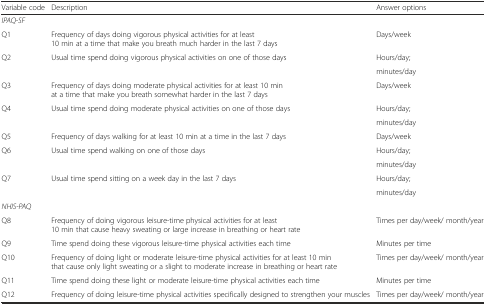
<table><thead><tr><td><b>Variable code</b></td><td><b>Description</b></td><td><b>Answer options</b></td></tr></thead><tbody><tr><td><i>IPAQ-SF</i></td><td>[EMPTY_CELL]</td><td>[EMPTY_CELL]</td></tr><tr><td>Q1</td><td>Frequency of days doing vigorous physical activities for at least 10 min at a time that make you breath much harder in the last 7 days</td><td>Days/week</td></tr><tr><td rowspan="2">Q2</td><td rowspan="2">Usual time spend doing vigorous physical activities on one of those days</td><td>Hours/day;</td></tr><tr><td>minutes/day</td></tr><tr><td>Q3</td><td>Frequency of days doing moderate physical activities for at least 10 min at a time that make you breath somewhat harder in the last 7 days</td><td>Days/week</td></tr><tr><td rowspan="2">Q4</td><td rowspan="2">Usual time spend doing moderate physical activities on one of those days</td><td>Hours/day;</td></tr><tr><td>minutes/day</td></tr><tr><td>Q5</td><td>Frequency of days walking for at least 10 min at a time in the last 7 days</td><td>Days/week</td></tr><tr><td rowspan="2">Q6</td><td rowspan="2">Usual time spend walking on one of those days</td><td>Hours/day;</td></tr><tr><td>minutes/day</td></tr><tr><td rowspan="2">Q7</td><td rowspan="2">Usual time spend sitting on a week day in the last 7 days</td><td>Hours/day;</td></tr><tr><td>minutes/day</td></tr><tr><td><i>NHIS-PAQ</i></td><td>[EMPTY_CELL]</td><td>[EMPTY_CELL]</td></tr><tr><td>Q8</td><td>Frequency of doing vigorous leisure-time physical activities for at least 10 min that cause heavy sweating or large increase in breathing or heart rate</td><td>Times per day/week/ month/year</td></tr><tr><td>Q9</td><td>Time spend doing these vigorous leisure-time physical activities each time</td><td>Minutes per time</td></tr><tr><td>Q10</td><td>Frequency of doing light or moderate leisure-time physical activities for at least 10 min that cause only light sweating or a slight to moderate increase in breathing or heart rate</td><td>Times per day/week/ month/year</td></tr><tr><td>Q11</td><td>Time spend doing these light or moderate leisure-time physical activities each time</td><td>Minutes per time</td></tr><tr><td>Q12</td><td>Frequency of doing leisure-time physical activities specifically designed to strengthen your muscles</td><td>Times per day/week/ month/year</td></tr></tbody></table>